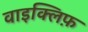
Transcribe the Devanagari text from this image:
वाइक्लिफ़